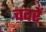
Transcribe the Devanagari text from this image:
चदरें